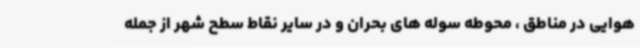
هوایی در مناطق ، محوطه سوله های بحران و در سایر نقاط سطح شهر از جمله